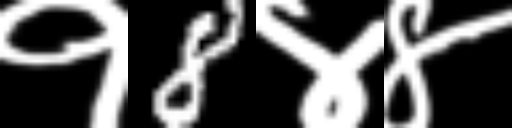
Text: १8४४